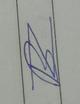
Signature authenticity: forged